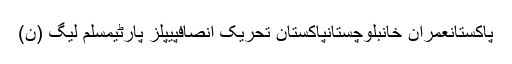
پاکستانعمران خانبلوچستانپاکستان تحریک انصافپیپلز پارٹیمسلم لیگ (ن)